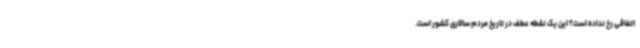
اتفاقی رخ نداده است؟ این یک نقطه عطف در تاریخ مردم سالاری کشور است.